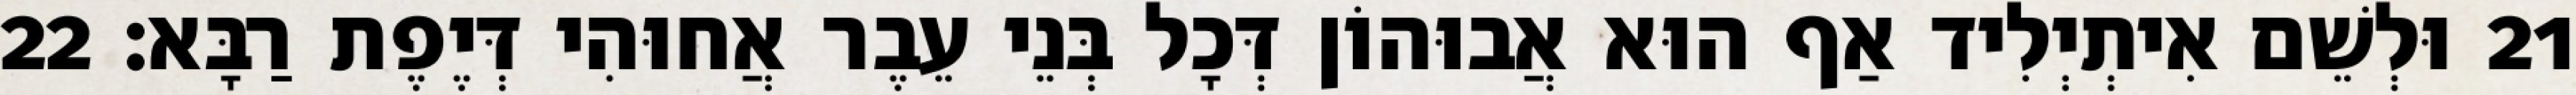
21 וּלְשֵׁם אִיתְיְלִיד אַף הוּא אֲבוּהוֹן דְּכָל בְּנֵי עֵבֶר אֲחוּהִי דְּיֶפֶת רַבָּא׃ 22